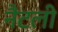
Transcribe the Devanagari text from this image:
नैटली